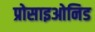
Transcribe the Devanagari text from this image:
प्रोसाइओनिड